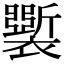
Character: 𧞐